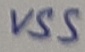
Text: VSS